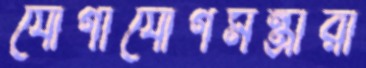
যোগাযোগমন্ত্রীরা